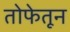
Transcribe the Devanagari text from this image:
तोफेतून